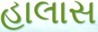
હાલાસ